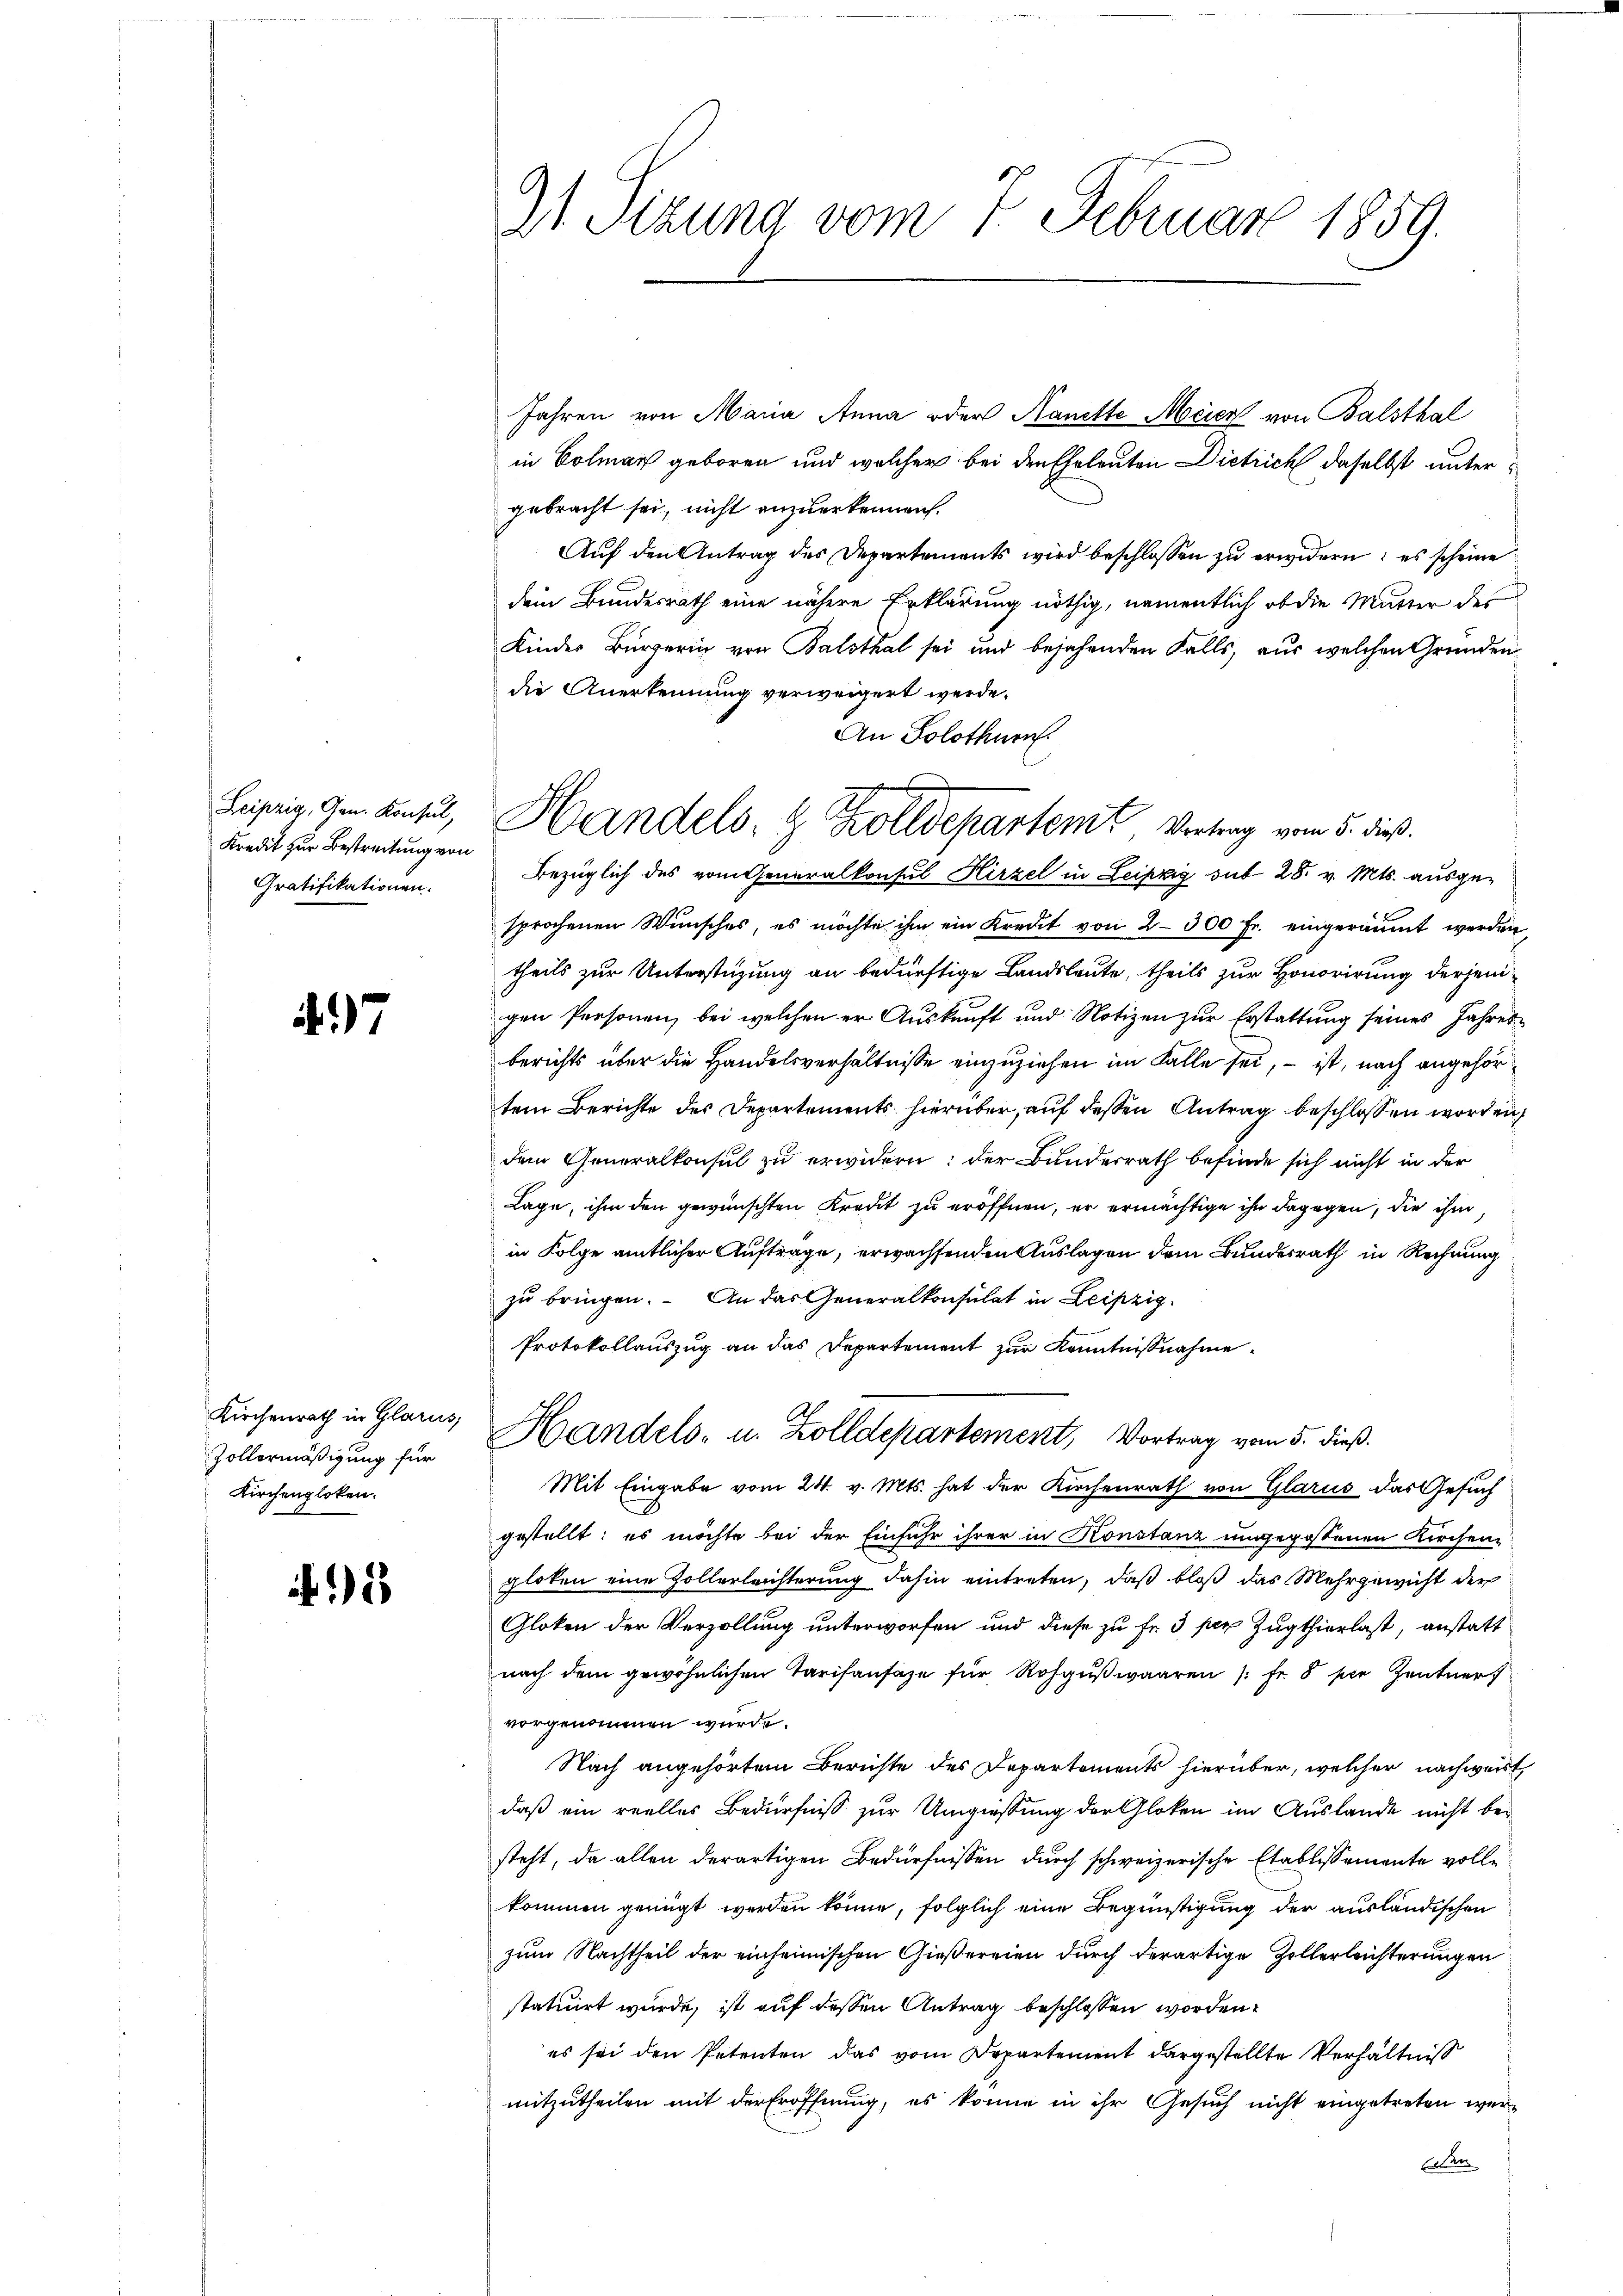
Leipzig, Gen. Konsul,
Kredit zur Bestreitung von
Gratifikationen.

7

Kirchenrath in Glarus,
Zollormäßigung für
Kirchengloken.

21 Sizung vom 1. Februar 1859.

Jahren von Maria Anna oder Kanette Meier von Balsthal
in Colmar geboren und welcher bei den Eheleuten Dietrich daselbst untergebracht sei, nicht anzuerkennen.
Auf den Antrag des Departements wird beschlossen zu erwidern; es scheine
dem Bundesrath eine nähere Erklärung nöthig, namentlich ob die Mutter des
Kinder Bürgerin von Balsthal sei und bejahenden Falls, aus welchen Gründen
die Anerkennung verweigert werde.
An Solothurn
sprochenen Wunsches, es möchte ihm ein Kredit von 2300 fr. eingeräumt werden
theils zur Unterstüzung an bedürftige Landsleute, theils zur Honorirung derjenigen Personen, bei welchen er Auskunft und Notizen zur Erstattung seines Jahres-
berichts über die Handelsverhältnisse einzuziehen im Falle sei, – ist, nach angehörtem Berichte des Departements hierüber, auf dessen Antrag beschlossen worden,
dem Generalkonsul zu erwidern: der Bundesrath befinde sich nicht in der
Lage, ihm den gewünschten Kredit zu eröffnen, er ermächtige ihn dagegen, die ihm,
in Folge amtlicher Auftrage, erwachsenden Auslagen dem Bundesrath in Rechnung
zu bringen. An das Generalkonsulat in Leipzig
Protokollauszug an das Departement zur Kenntnißnahme
Handels- u. Zolldepartement, Vortrag vom 5. dieß.
Mit Eingabe vom 24. v. Mts. hat der Kirchenrath von Glarus das Gesuch
gestellt: es möchte bei der Einfuhr ihrer in Konstanz ungegossenen Kirchen-
gloten eine Zollerleichterung dahin eintreten, daß bloß das Mehrgewicht der
Gloken der Verzollung unterworfen und diese zu Fr. 3 per Zugthierlast, anstatt
nach dem gewöhnlichen Tarifansaze für Rohgußwaaren 1 Fr. 6 per Zentner
vorgenommen wurde.
Nach angehörtem Berichte des Departements hierüber, welcher nachweist,
daß ein reelles Bedürfniß zur Umgiessung der Gloken im Auslande nicht besteht, da allen derartigen Bedürfnissen durch schweizerische Etablissemente vollkommen genügt werden könne, folglich eine Begünstigung der ausländischen
zum Nachtheil der einheimischen Gießereien durch derartige Zollerleichterungen
statuirt wurde, ist auf dessen Antrag beschlossen worden.
es sei den Petenten das vom Departement dargestellte Verhältniß
mitzutheilen mit der Eröffnung, es könne in ihr Gesuch nicht eingetreten weren

Handels- & Zolldepartemt, Vertrag vom 5. dieß.
Bezüglich des vom Generalkonsul Hirzel in Leipzig sub 28. v. Mts. ausge¬